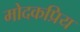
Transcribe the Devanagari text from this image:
मोदकप्रिय